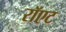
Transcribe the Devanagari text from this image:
रॉएट